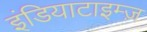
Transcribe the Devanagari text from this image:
इंडियाटाइम्‍ज़